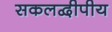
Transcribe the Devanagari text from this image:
सकलद्वीपीय